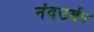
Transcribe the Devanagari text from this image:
नंदउर्बर